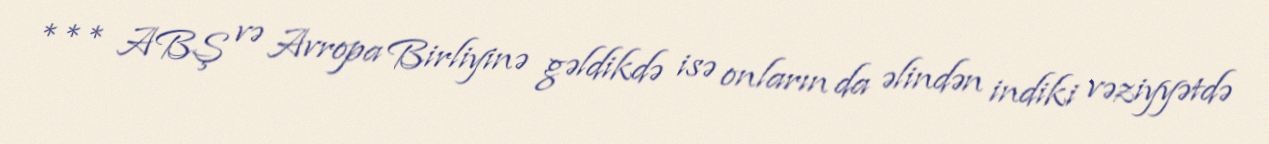
*** ABŞ və Avropa Birliyinə gəldikdə isə onların da əlindən indiki vəziyyətdə